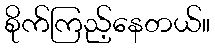
စိုက်ကြည့်နေတယ်။